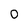
Character: 0